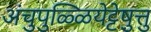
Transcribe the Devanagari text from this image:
अंचुपुळ्ळियेट्टेषु़त्तु